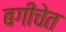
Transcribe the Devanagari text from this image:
बगीचेत